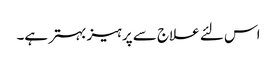
اس لئے علاج سے پرہیز بہتر ہے۔